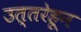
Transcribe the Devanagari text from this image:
उत्तरेहून